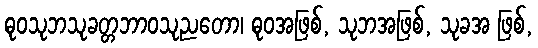
ဓုဝသုဘသုခတ္တဘာဝသုညတော၊ ဓုဝအဖြစ်, သုဘအဖြစ်, သုခအ ဖြစ်,